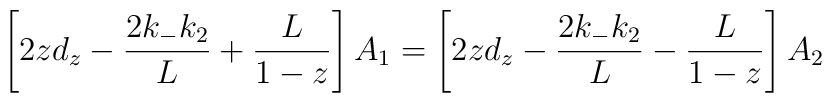
\left[ 2 z d_z - \frac{2k_-k_2}{L} +\frac{L}{1-z}\right] A_1= \left[ 2 z d_z- \frac{2k_- k_2}{L} -\frac{L}{1-z}\right]A_2